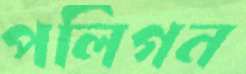
পলিগন